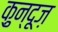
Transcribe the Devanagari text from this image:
क़ुन्दूज़